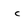
Character: c